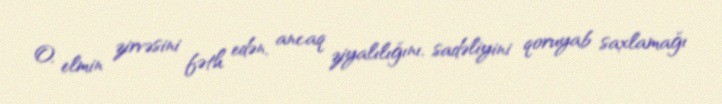
O, elmin zirvəsini fəth edən, ancaq ziyalılığını, sadəliyini qoruyab saxlamağı